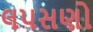
લપસણો